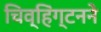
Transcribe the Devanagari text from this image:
चिव्हिंग्टनने